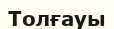
Толғауы